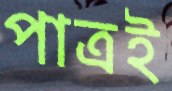
পাত্রই